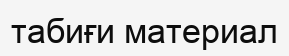
табиғи материал